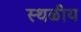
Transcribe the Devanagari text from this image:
स्थळीय